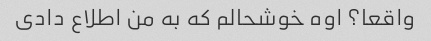
واقعا؟ اوه خوشحالم که به من اطلاع دادی